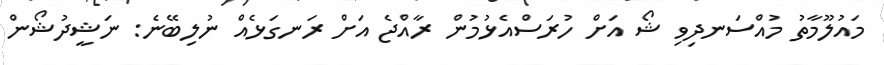
މައުލޫމާތު މުއްސަނދިވި ޝޯ އަށް ހުރަސްއެޅުމުން ރާއްޖެ އަށް ރަނގަޅެއް ނުލިބޭނެ: ނަޝީދުޝޯން